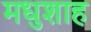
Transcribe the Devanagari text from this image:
मधुशाह